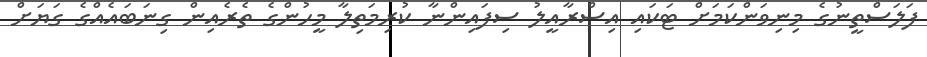
ފަލަސްތީނުގެ މިނިވަންކަމަށް ޓަކައި އިސްރާއީލު ސިފައިންނާ ކުރިމަތިލާ މީހުންގެ ތެރެއިން ގިނަބައެއްގެ ގަޔަށް